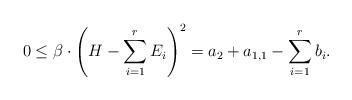
LaTeX: \begin{align*}0 \leq \beta \cdot \left(H- \sum_{i=1}^r E_i \right)^2=a_2 + a_{1,1} - \sum_{i=1}^r b_i.\end{align*}